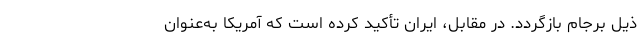
ذیل برجام بازگردد. در مقابل، ایران تأکید کرده است که آمریکا به‌عنوان